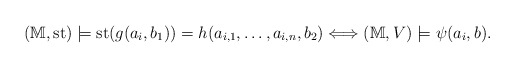
\begin{align*}(\mathbb{M},\operatorname{st})\models \operatorname{st}(g(a_i,b_1))=h(a_{i,1},\dots, a_{i,n},b_2)\Longleftrightarrow (\mathbb{M},V)\models \psi(a_i,b).\end{align*}